Civil Veterinary Department Bengal reports 1923-33 - 1923-1933
Year: 1923
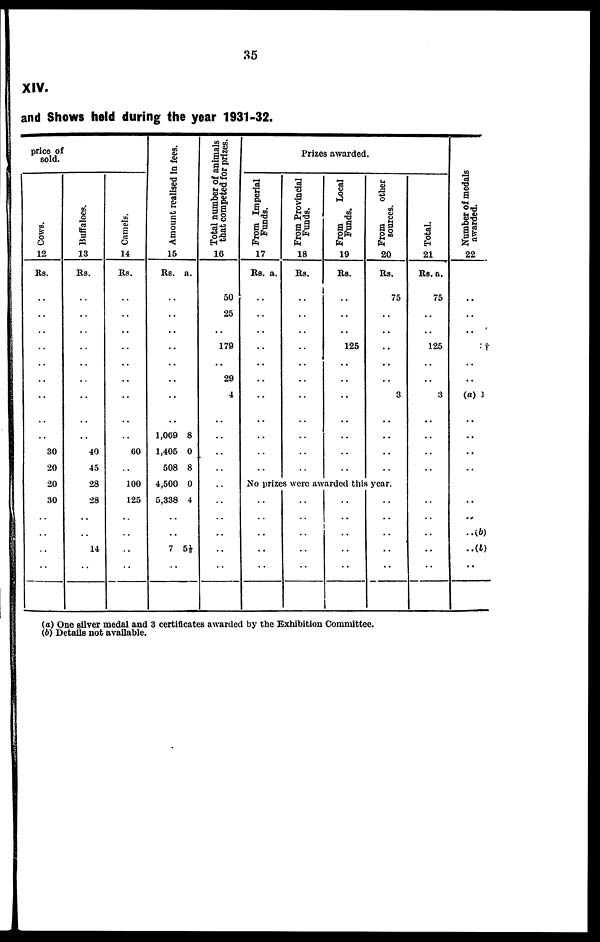
35
XIV.
and Shows held during the year 1931-32.
price of
sold.
Cows .
12
Rs.
..
..
..
..
..
..
..
..
..
30
20
20
30
..
..
..
..
Buf f
a l
oe s .
13
Rs.
..
..
..
..
..
..
..
..
..
40
45
28
28
..
..
14
..
Ca me l
s .
14
Rs.
..
..
..
..
..
..
..
..
..
60
..
100
125
..
..
..
..
Amo u n t r e a l i s e d in f ees.
15
Rs. a.
..
..
..
..
..
..
..
..
1,069 8
1,405 0
508 8
4,500 0
5,338 4
..
..
7 5½
..
Tot al number of animals
t hat c o mp e t e d for prizes.
16
50
25
..
179
..
29 4
..
..
..
..
..
..
..
..
..
Prizes awarded.
Pr om I mper i
al
Funds .
17
Rs. a.
..
..
..
..
..
..
..
..
..
..
..
Fr om Pr ovi nci al
Funds .
18
Rs.
..
..
..
..
..
..
..
..
..
..
..
Fr om Local
Funds .
19
Rs.
..
..
..
125
..
..
..
..
..
..
..
Fr om other
s our ces .
20
Rs.
75
..
..
..
..
..
3
..
..
..
..
No prizes were awarded this year.
..
..
..
..
..
..
..
..
..
..
..
..
..
..
..
..
..
..
..
..
Tot al .
21
Rs.a.
75
..
..
125
..
..
3
..
..
..
..
..
..
..
..
..
Nu mb e r of medals
awarded.
22
..
..
..
†
..
..
(a) 1
..
..
..
..
..
.. (b)
..(b)
..
(a) One silver medal and 3 certificates awarded by the Exhibition Committee.
(b) Details not available.